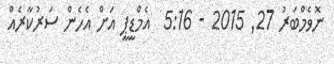
ނޮވެމްބަރު 27